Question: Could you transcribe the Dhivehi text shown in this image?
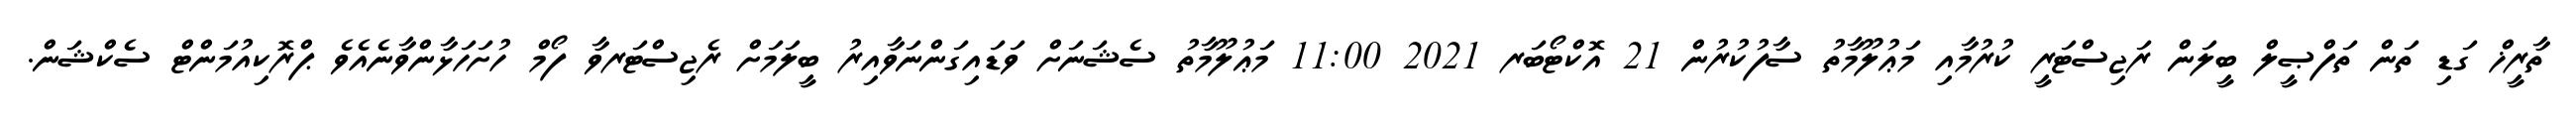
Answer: ތާރީޚް ގަޑި ތަން ތަފްޞީލް ބީލަން ރަޖިސްޓަރީ ކުރުމާއި މަޢުލޫމާތު ސާފުކުރުން 21 އޮކްޓޯބަރ 2021 11:00 މަޢުލޫމާތު ސެޝަނަށް ވަޑައިގަންނަވާއިރު ބީލަމަށް ރެޖިސްޓަރވާ ފޯމް ހުށަހަޅާންވާނެއެވެ ޕްރޮކިއުމަންޓް ސެކްޝަން.